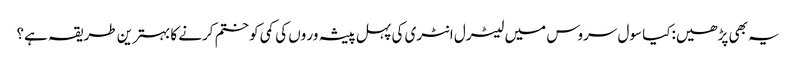
یہ بھی پڑھیں:کیا سول سروس میں لیٹرل انٹری کی پہل پیشہ ور وں کی کمی کو ختم کرنے کا بہترین طریقہ ہے؟